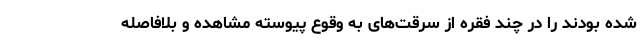
شده بودند را در چند فقره از سرقت‌های به وقوع پیوسته مشاهده و بلافاصله